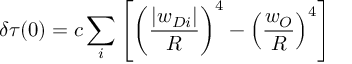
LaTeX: \delta \tau ( 0 ) = c \sum _ { i } \left[ \left( \frac { | w _ { D i } | } { R } \right) ^ { 4 } - \left( \frac { w _ { O } } { R } \right) ^ { 4 } \right]